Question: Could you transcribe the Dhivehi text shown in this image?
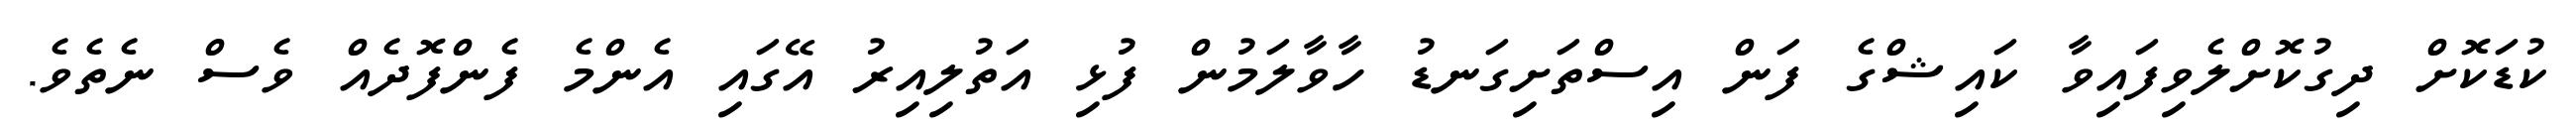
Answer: ކުޑަކޮށް ދިގުކޮށްލެވިފައިވާ ކައިޝްގެ ފަން އިސްތަށިގަނޑު ހާވާލަމުން ފުޅި އަތުލިއިރު އޭގައި އެންމެ ފެންފޮދެއް ވެސް ނެތެވެ.